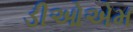
ડીઓએમ